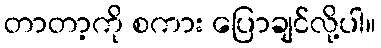
တာတာ့ကို စကား ပြောချင်လို့ပါ။